Civil Veterinary Department Bihar & Orissa reports 1922-29 - 1922-1929
Year: 1922
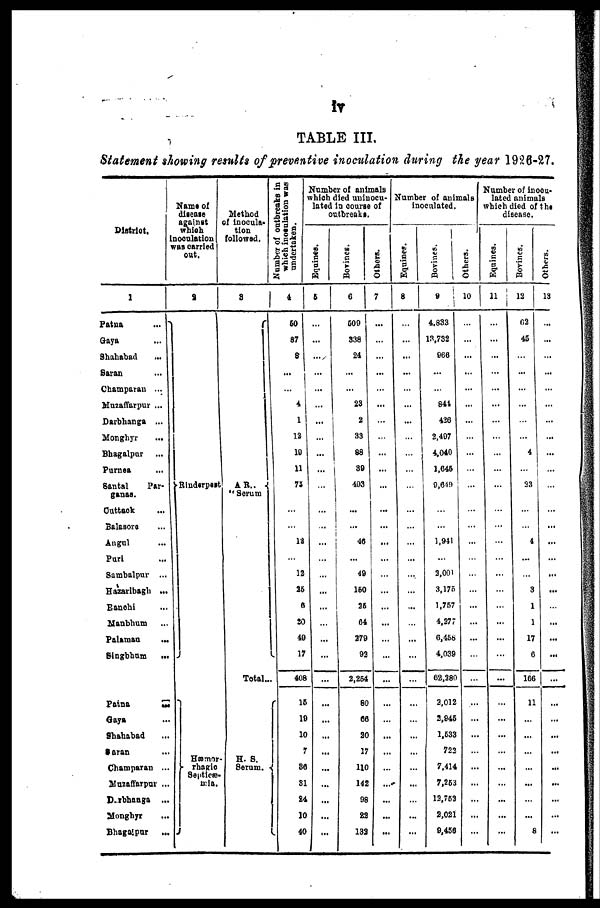
IVTABLE III.
Statement showing results of preventive inoculation during the year 1926-27.
District.
1
Patna
...
Gaya ...
Shahabad ...
Saran ...
Champaran ...
Muzaffarpur ...
Darbhanga ...
Monghyr
...
Bhagalpur ...
Purnea ...
Santal
Par-
ganas.
Guttaok ...
Balasoro ...
Angul ...
Pari ...
Sambalpur ...
Hazaribagh ...
Ranchi ...
Manbhum ...
Palamau
...
Singbhum
...
Patna ...
Gaya ...
Shahabad ...
Saran ...
Champaran ...
Muzaffarpur ...
Dharbhanga ...
Monghyr ...
Bhagalpur ...
Name of
disease
against
which
noculation
van carried
out.
a
Rindsrpest
Hæmor-
rhagic
Septicæ-
mia.
Method
of inocula-
tion
followed.
3
AR ..
"Serum
Total...
H. S.
Serum.
Number of outbreaks in
which inoculation was
undertaken.
4
50
87
8
...
...
4
1 1
12
10
11
75
12
12
26
6
20
40
17
408
15
10
10
7
36
31
24
10
40
Number of animals
which died uninocu-
lated in course of
outbreaks.
Equines.
6
...
...
...
...
...
...
...
...
...
...
...
...
...
...
...
...
...
...
...
...
...
...
...
...
...
...
...
...
...
...
...
Bovines.
6
500
338
24
...
...
23
2
33
88
89
403
...
...
46
...
40
150
26
64
270
02
2,264
80
66
20
17
110
142
98
22
132
Others.
7
...
...
...
...
...
...
...
...
...
...
...
...
...
...
...
...
...
...
...
...
...
...
...
...
...
...
...
...
...
...
...
Number of animals
inoculated.
Equines.
8
...
...
...
...
...
...
...
...
...
...
...
...
...
...
...
...
...
...
...
...
...
...
...
...
...
...
...
...
...
...
...
Bovines.
9
4.833
13,732
066
...
...
841
426
2,407
4,040
1,645
9,649
...
...
1,941
...
2,001
3,175
1,767
4,277
6,456
4,039
62,280
2,012
2,945
1,633
723
7,414
7,253
12,762
2,021
9,456
Others.
10
...
...
...
...
...
...
...
...
...
...
...
...
...
...
...
...
...
...
...
...
...
...
...
...
...
...
...
...
...
...
...
Number of inocu-
lated animals
Which died of the
disease.
Equines.
11
...
...
...
...
...
...
...
...
...
...
...
...
...
...
...
...
...
...
...
...
...
...
...
...
...
...
...
Bovines.
12
02
45
...
...
...
...
...
...
4
...
23
4
...
3
1
1
17
S
166
11
...
...
......
...
...
...
...
8
Others.
13
...
...
...
...
...
...
...
...
...
...
...
...
...
...
...
...
...
...
...
...
...
...
...
...
...
...
...
...
...